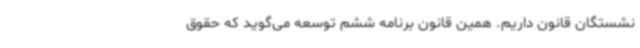
نشستگان قانون داریم. همین قانون برنامه ششم توسعه می‌گوید که حقوق